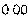
0.00